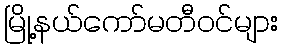
မြို့နယ်ကော်မတီဝင်များ